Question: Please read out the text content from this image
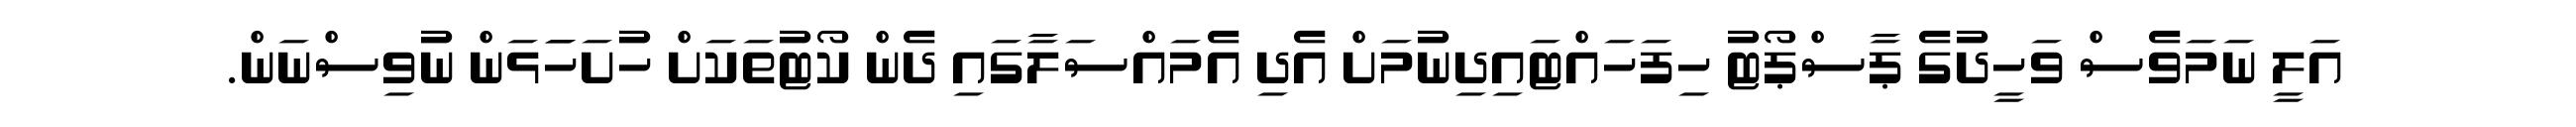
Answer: އަލީ ނަމަވެސް ވަހީދުގެ ޕާސްޕޯޓު ހިފަހައްޓައިދިނުމަށް އެދި އެމައްސަލާގައި ދެން ކޯޓުތަކަށް ހުށަހަަޅަން ނުވިސްނަން.